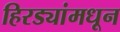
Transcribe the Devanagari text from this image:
हिरड्यांमधून